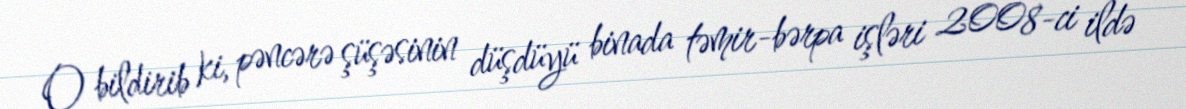
O bildirib ki, pəncərə şüşəsinin düşdüyü binada təmir-bərpa işləri 2008-ci ildə